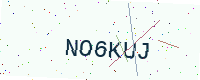
Text: NO6KUJ